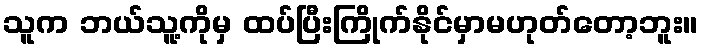
သူက ဘယ်သူ့ကိုမှ ထပ်ပြီးကြိုက်နိုင်မှာမဟုတ်တော့ဘူး။